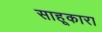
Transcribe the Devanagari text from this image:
साहूकारा